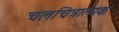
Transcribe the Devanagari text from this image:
चलचित्रात्मक